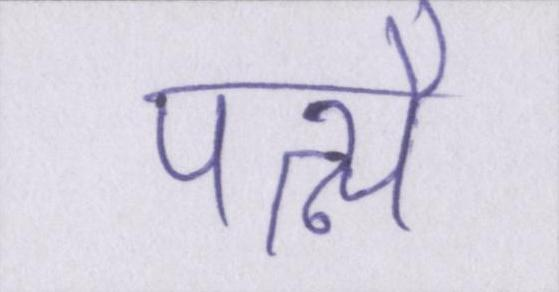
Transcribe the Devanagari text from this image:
पत्न्यै